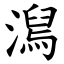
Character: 澙